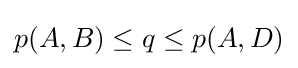
p(A,B)\leq q\leq p(A,D)